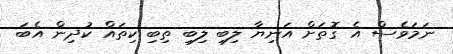
ނަމަވެސް އެ ގޮތަށް އަނިޔާ ލިބި ލިބި ތިބި ކިތައް ކުދިން އެބަ